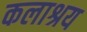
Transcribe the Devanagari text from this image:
कलाश्रय